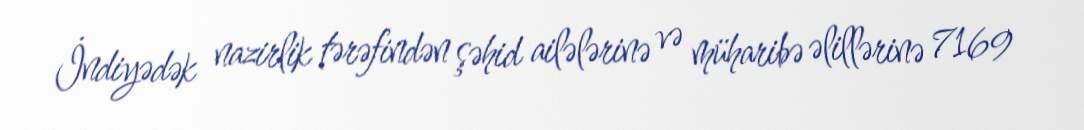
İndiyədək nazirlik tərəfindən şəhid ailələrinə və müharibə əlillərinə 7169